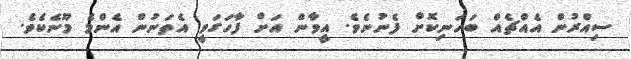
ސިއްރުން އެއްޗެއް ބަހަނިކޮށް ފެނުނެވެ. އީވާން އަށް ފާހަގަވީ އެތަނުން އެންމެ މޫނެކެވެ.